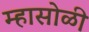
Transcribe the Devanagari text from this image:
म्हासोळी